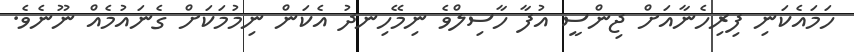
ހަމައެކަނި ފިރިހެނާއަށް ޖިންސީ އުފާ ހާސިލްވެ ނިމޭހިނދު އެކަން ނިމުމަކަށް ގެނައުމެއް ނޫނެވެ.